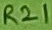
Text: R21